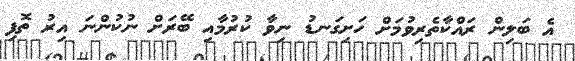
އެ ބަލިން ރައްކާތެރިވުމަށް ހަށިގަނޑު ނިވާ ކުރުމާއި ބޭރަށް ނުކުންނަ އިރު ތޮފި